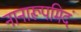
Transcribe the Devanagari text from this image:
नानारूपमिदं